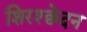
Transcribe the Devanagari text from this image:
शिरश्छेदन